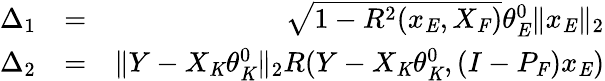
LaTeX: \begin{array}{rlr}{\Delta_{1}}&{=}&{\sqrt{1-R^{2}(x_{\mathit{E}},X_{\mathit{F}})}\theta_{\mathit{E}}^{0}\| x_{\mathit{E}}\| _{2}}\\ {\Delta_{2}}&{=}&{\| Y-X_{\mathit{K}}\theta_{\mathit{K}}^{0}\| _{2}R(Y-X_{\mathit{K}}\theta_{\mathit{K}}^{0},(I-P_{\mathit{F}})x_{\mathit{E}})}\end{array}